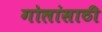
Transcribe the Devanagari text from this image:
गोलांसाठी